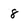
Character: 8